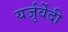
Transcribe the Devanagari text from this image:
यर्जुर्वेेदी